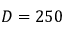
D = 2 5 0